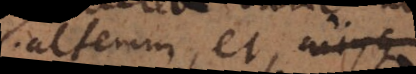
alterum, et, cujusque